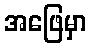
အဖြေမှာ